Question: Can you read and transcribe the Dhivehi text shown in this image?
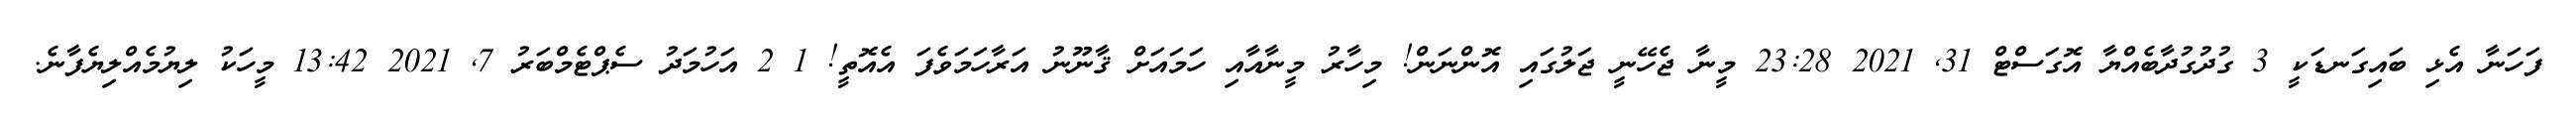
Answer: ފަހަނާ އެޅި ބައިގަނޑަކީ 3 ގުދުގުދާބެއްޔާ އޮގަސްޓް 31, 2021 23:28 މީނާ ޖެހޭނީ ޖަލުގައި އޮންނަން! މިހާރު މީނާއާއި ހަމައަށް ޤާނޫނު އަރާހަމަވެފަ އެއޮތީ! 1 2 އަހުމަދު ސެޕްޓެމްބަރު 7, 2021 13:42 މީހަކު ލިޔުމެއްލިޔެފާނެ.